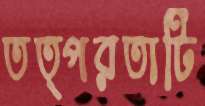
তত্পরতাটি